King Institute of Preventive Medicine Bacteriolog. Section reports 1907-08
Year: 1907
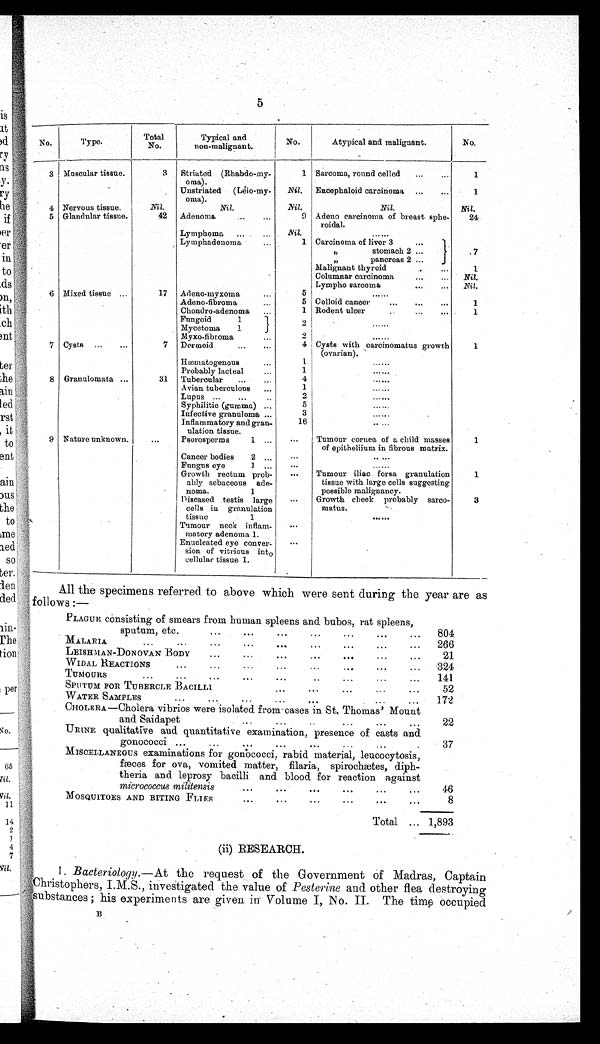
5
No.
Type
Total
No.
Typical and
non-malignant.
No.
Atypical and malignant.
N o .
3 Muscular tissue.
3
Striated (Rhabdo-my-
oma) .
1 Sarcoma., round celled
...
...
1
Unstriated (Leio-my-
oma).
Nil. Encephaloid carcinoma ...
...
1
4 Nervous tissue.
Nil.
Nil.
Nil.
Nil.
Nil.
5 Glandular tissue.
42 Adenoma
...
...
9 Adeno carcinoma of breast sphe-
roidal.
24
Lymphoma ...
Nil. I
......
Lymphadenoma
...
1 Carcinoma of liver 3
...
"
stomach 2 ...
7
"
pancreas 2 ...
Malignant thyroid
1
Columnar carcinoma
...
...
Nil.
Lympho sarcoma
...
...
Nil.
6 Mixed tissue ...
17 Adeno-myxoma
...
5
. . . . . .
Adeno-fibroma
...
5 Colloid cancer
...
...
...
1
Chondro-adenoma
...
1 Rodent ulcer
...
...
1
Fungoid
1
Mycetoma
1
2
......
Myxo-fibroma
2
......
7 Cysts ...
...
7 Dermoid
...
...
4 Cysts with carcinomatus growth
(ovarian).
1
Hæmatogenous
...
1
.
......
Probably lacteal
1
......
8 Granulomata ...
31 Tubercular
...
...
4
......
Avian tuberculous
...
1
......
Lupus ...
...
2
......
Syphilitic (gumma) ...
5
.......
Infective granuloma ...
3
......
Inflammatory and gran-
ulation tissue.
16
.....
9 Nature unknown.
...
Psorosperms
1 ...
...
Tumour cornea of a child masses
of epitheliium in fibrous matrix.
1
Cancer bodies
2 ...
. . .
.. . . .
Fungus eye
1 ...
......
Growth rectum prob-
ably sebaceous ade-
noma.
1
. . .
Tumour iliac forsa granulation
tissue with large cells suggesting
possible malignancy.
1
Diseased testis large
cells in granulation
tissue
1
. . .
Growth cheek probably sarco-
matus.
3
Tumour neck inflam-
matory adenoma 1.
. . .
Enucleated eye conver-
sion of vitrious into
cellular tissue 1.
. . .
All the specimens referred to above which were sent during the year are as
follows :—
PLAGUE consisting of smears from human spleens and bubos, rat spleens,
sputum, etc.
...
...
. .. ... ... ... ...
804
MALARIA
...
...
...
...
...
...
...
...
...
266
LEISHMAN-DONOVAN BODY
...
...
...
...
...
...
...
21
WIDAL REACTIONS
...
...
...
...
...
...
...
...
324
TUMOURS ... ... ... ... . .. .. ... ... ...
141
SPUTUM FOR TUBERCLE BACILLI,,
...
...
...
...
52
WATER SAMPLES
...
...
...
...
...
...
...
1 72
CHOLERA—Cholera vibrios were isolated from-cases in St, Thomas' Mount
and Saidapet
...
...
..
....
...
...
22
URINE qualitative and quantitative examination, presence of casts and
g
onococci ...
...
...
......
. .. ...
37
MISCELLANEOUS examinations for gonococci, rabid material, leucocytosis,
fæces for ova, vomited matter, filaria, spirochetes, diph-
theria and leprosy bacilli and blood. for reaction against
micrococcus militensis
...
...
...
...
...
...
46
MOSQUITOES AND BITING FLIES
...
...
...
...
...
...
..
Total ...
8
1,893
(ii) RESEARCH.
1. Bacteriology.—At the request of the Government of Madras, Captain
Christophers, I.M.S., investigated the value of Pesterine and other flea destroying
substances; his experiments are given in Volume I, No. II. The time occupied